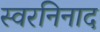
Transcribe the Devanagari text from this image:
स्वरनिनाद